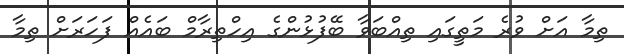
ތިމާ އަށް ވުރެ މަތީގައި ތިއްބަވާ ބޭފުޅުންގެ އިހްތިރާމް ބައެއް ފަހަރަށް ތިމާ